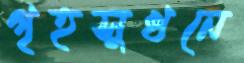
গৃহসুখনে